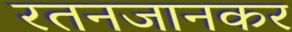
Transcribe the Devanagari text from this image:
रतनजानकर